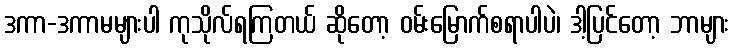
ဒကာ-ဒကာမများပါ ကုသိုလ်ရကြတယ် ဆိုတော့ ဝမ်းမြောက်စရာပါပဲ၊ ဒါ့ပြင်တော့ ဘာများ